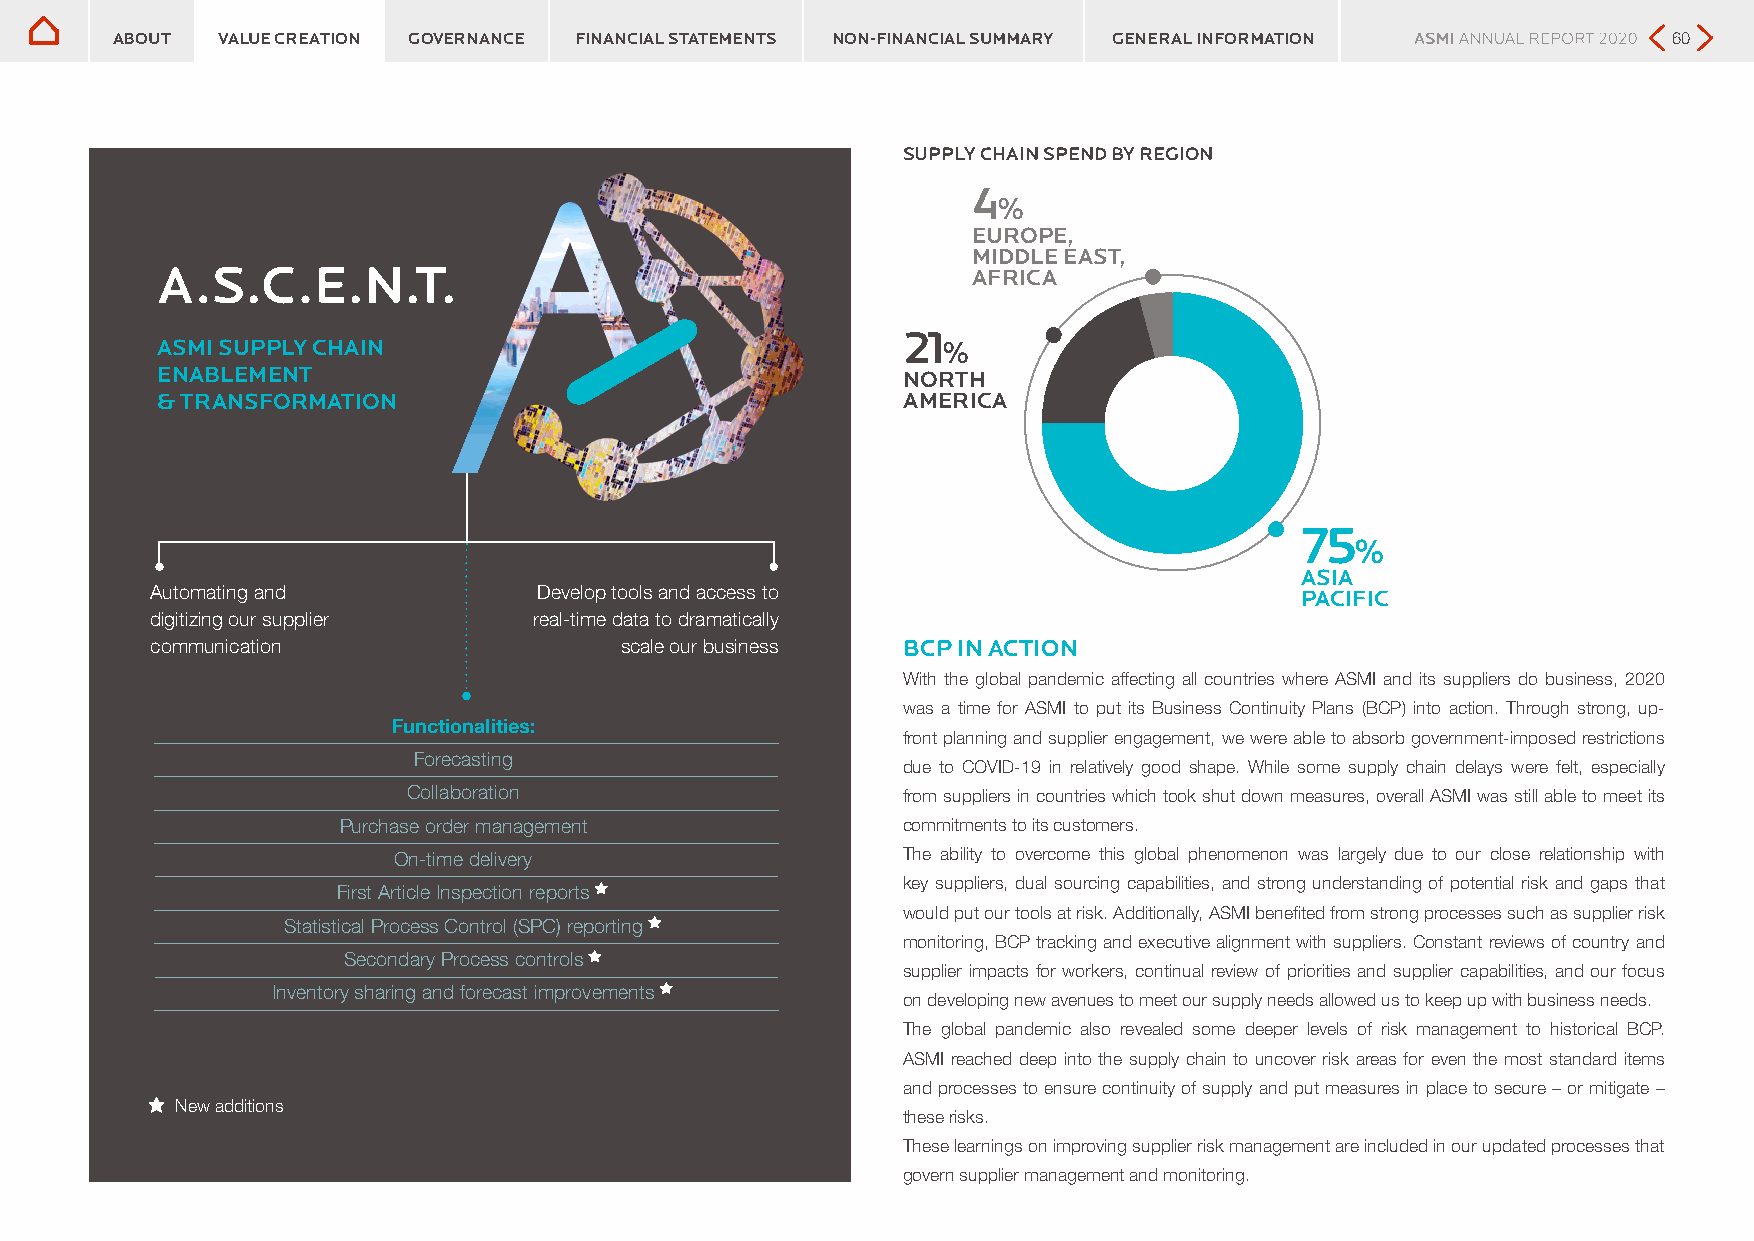
ABOUT  VALUE CREATION GOVERNANCE FINANCIAL STATEMENTS NON-FINANCIAL SUMMARY GENERAL INFORMATION         60
 SUPPLY CHAIN SPEND BY REGION
 4
 %
 EUROPE,
 MIDDLE EAST,
 A.S.C.E.N.T.                                          AFRICA
 21
 ASMI SUPPLY CHAIN                                   %
 ENABLEMENT                                        NORTH
 & TRANSFORMATION                                  AMERICA
 75
 %
 ASIA
 Automating and            Develop tools and access to                       PACIFIC
 digitizing our supplier  real-time data to dramatically
 communication                  scale our business BCP IN ACTION
 With the global pandemic affecting all countries where ASMI and its suppliers do business, 2020
 was a time for ASMI to put its Business Continuity Plans (BCP) into action. Through strong, up-
 Functionalities:
 front planning and supplier engagement, we were able to absorb government-imposed restrictions
 Forecasting
 due to COVID-19 in relatively good shape. While some supply chain delays were felt, especially
 Collaboration                    from suppliers in countries which took shut down measures, overall ASMI was still able to meet its
 Purchase order management             commitments to its customers.
 On-time delivery                  The ability to overcome this global phenomenon was largely due to our close relationship with
 key suppliers, dual sourcing capabilities, and strong understanding of potential risk and gaps that
 First Article Inspection reports
 would put our tools at risk. Additionally, ASMI benefited from strong processes such as supplier risk
 Statistical Process Control (SPC) reporting
 monitoring, BCP tracking and executive alignment with suppliers. Constant reviews of country and
 Secondary Process controls
 supplier impacts for workers, continual review of priorities and supplier capabilities, and our focus
 Inventory sharing and forecast improvements
 on developing new avenues to meet our supply needs allowed us to keep up with business needs.
 The global pandemic also revealed some deeper levels of risk management to historical BCP.
 ASMI reached deep into the supply chain to uncover risk areas for even the most standard items
 and processes to ensure continuity of supply and put measures in place to secure – or mitigate –
 New additions
 these risks.
 These learnings on improving supplier risk management are included in our updated processes that
 govern supplier management and monitoring.